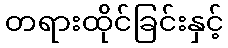
တရားထိုင်ခြင်းနှင့်